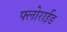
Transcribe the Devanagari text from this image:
फ्लोराईड